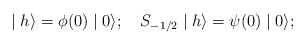
\begin{align*}\mid h\rangle =\phi (0)\mid 0\rangle ;\quad S_{-1/2}\mid h\rangle =\psi(0)\mid 0\rangle ;\end{align*}